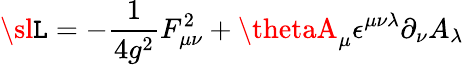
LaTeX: {\sl\mathtt{L}}=-\frac{{1}}{{4g^{2}}}F_{\mu\nu}^{2}+\thetaA_{\mu}\epsilon^{\mu\nu\lambda}\partial_{\nu}A_{\lambda}